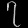
Digit: ၇